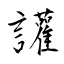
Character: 讙